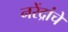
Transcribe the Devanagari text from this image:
नरेंद्रांचे